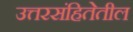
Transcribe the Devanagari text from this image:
उत्तरसंहितेतील